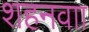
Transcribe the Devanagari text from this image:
शहनवाा